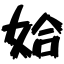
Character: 姶